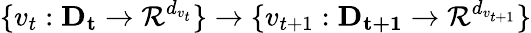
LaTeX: \{ v_{t}:\mathbf{D_{t}}\xrightarrow{}\mathcal{R}^{d_{v_{t}}}\} \xrightarrow{}\{ v_{t+1}:\mathbf{D_{t+1}}\xrightarrow{}\mathcal{R}^{d_{v_{t+1}}}\}